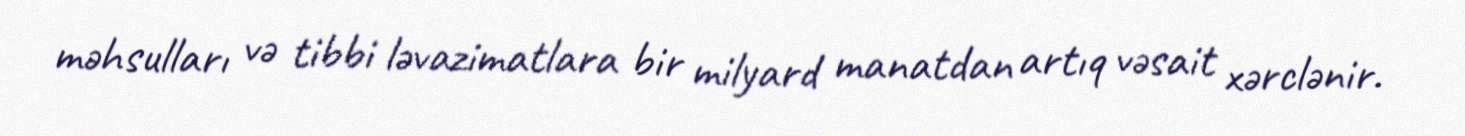
məhsulları və tibbi ləvazimatlara bir milyard manatdan artıq vəsait xərclənir.